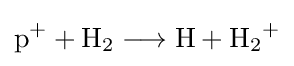
{\mathrm {p} {\vphantom {A}}^{+}{}+{}\mathrm {H} {\vphantom {A}}_{\smash[{t}]{2}}{}\mathrel {\longrightarrow } {}\mathrm {H} {}+{}\mathrm {H} {\vphantom {A}}_{\smash[{t}]{2}}{\vphantom {A}}^{+}}